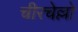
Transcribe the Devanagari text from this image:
चीरचेल्लो